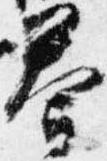
答